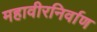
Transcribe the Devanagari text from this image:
महावीरनिर्वाण